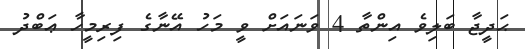
ޙަދީޖާ ބަލިވެ އިންތާ 4 ވަނައަށް ވީ މަހު އޭނާގެ ފިރިމީހާ ޢަބްދު